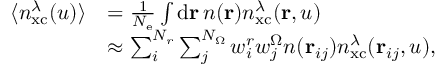
\begin{array} { r l } { \langle n _ { \mathrm { x c } } ^ { \lambda } ( u ) \rangle } & { = \frac { 1 } { \ensuremath { N _ { \mathrm { e } } } } \int \mathrm { d } \mathbf { r } \, n ( \mathbf { r } ) n _ { \mathrm { x c } } ^ { \lambda } ( \mathbf { r } , u ) } \\ & { \approx \sum _ { i } ^ { N _ { r } } \sum _ { j } ^ { N _ { \Omega } } w _ { i } ^ { r } w _ { j } ^ { \Omega } n ( \mathbf { r } _ { i j } ) n _ { \mathrm { x c } } ^ { \lambda } ( \mathbf { r } _ { i j } , u ) , } \end{array}